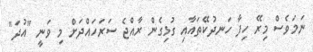
ނަމަވެސް މިރޭ ހިފާ ހަނދުކޭތައާއި ގުޅިގެން ރާއްޖެ ސަރަހައްދަށް މި ވަނީ "އުދަ"